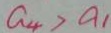
a _ { 4 } > a _ { 1 }